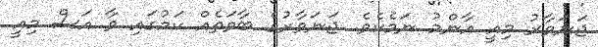
ޖަނަވާރު މިއީ އާންމު ނަމެކެވެ. ޖަނަވާރުގެ ބާވަތެއް ކަމުގައި ވާ އަސް މިއީ